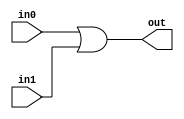
module coreir_or #(
    parameter width = 1
) (
    input [width-1:0] in0,
    input [width-1:0] in1,
    output [width-1:0] out
);
  assign out = in0 | in1;
endmodule

module or8_wrapped (
    input [7:0] I0,
    input [7:0] I1,
    output [7:0] O
);
wire [7:0] or8_inst0_out;
coreir_or #(
    .width(8)
) or8_inst0 (
    .in0(I0),
    .in1(I1),
    .out(or8_inst0_out)
);
assign O = or8_inst0_out;
endmodule